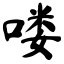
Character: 喽